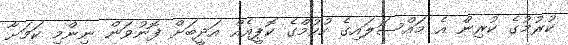
ކުރުމުގެ ކުރިން އެ މައްސަލައިގެ ހުކުމްގެ ކޮޕީއެއް އަދީބަށް ފޮނުވަން ނިންމި ކަމަށާ